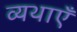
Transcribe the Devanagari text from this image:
व्यथाएँ